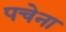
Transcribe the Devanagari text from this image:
पचेना